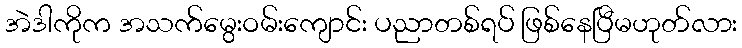
အဲဒါကိုက အသက်မွေးဝမ်းကျောင်း ပညာတစ်ရပ် ဖြစ်နေပြီမဟုတ်လား